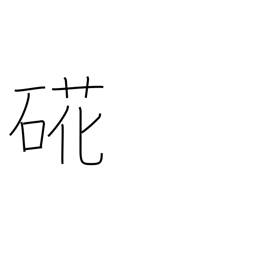
Meaning: oyster